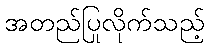
အတည်ပြုလိုက်သည့်